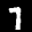
Label: 7